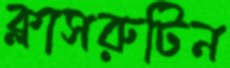
ক্লাসরুটিন